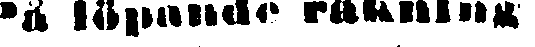
På löpande räkning